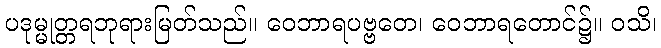
ပဒုမ္မုတ္တရဘုရားမြတ်သည်။ ဝေဘာရပဗ္ဗတေ၊ ဝေဘာရတောင်၌။ ဝသိ၊